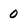
Character: 0